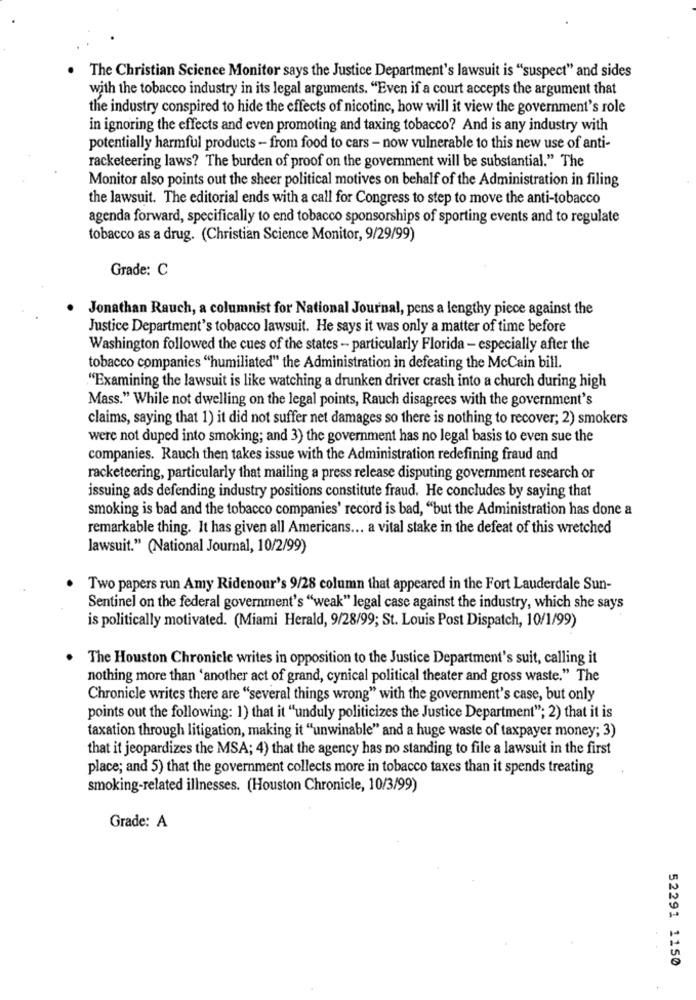
The Christian Science Monitor says the Justice Department's lawsuit is "suspect" and sides
with the tobacco industry in its legal arguments. "Even if a court accepts the argument that
the industry conspired to hide the effects of nicotinc, how will it view the government's role
in ignoring the effects and even promoting and taxing tobacco? And is any industry with
potentially harmful products - from food to cars - now vulnerable to this new use of anti-
racketeering laws? The burden of proof on the government will be substantial." The
Monitor also points out the sheer political motives on behalf of the Administration in filing
the lawsuit. The editorial ends with a call for Congress to step to move the anti-tobacco
agenda forward, specifically to end tobacco sponsorships of sporting events and to regulate
tobacco as a drug. (Christian Science Monitor, 9/29/99)
Grade: C
Jonathan Rauch, a columnist for National Journal, pens a lengthy piece against the
Justice Department's tobacco lawsuit. He says it was only a matter of time before
Washington followed the cues of the states - particularly Florida - especially after the
tobacco companies "humiliated" the Administration in defeating the McCain bill.
"Examining the lawsuit is like watching a drunken driver crash into a church during high
Mass." While not dwelling on the legal points, Rauch disagrees with the government's
claims, saying that 1) it did not suffer net damages so there is nothing to recover; 2) smokers
were not duped into smoking; and 3) the government has no legal basis to even sue the
companies. Rauch then takes issue with the Administration redefining fraud and
racketeering, particularly that mailing a press release disputing government research or
issuing ads defending industry positions constitute fraud. He concludes by saying that
smoking is bad and the tobacco companies' record is bad, "but the Administration has done a
remarkable thing. It has given all Americans ... a vital stake in the defeat of this wretched
lawsuit." (National Journal, 10/2/99)
Two papers run Amy Ridenour's 9/28 column that appeared in the Fort Lauderdale Sun-
Sentinel on the federal government's "weak" legal case against the industry, which she says
is politically motivated. (Miami Herald, 9/28/99; St. Louis Post Dispatch, 10/1/99)
The Houston Chronicle writes in opposition to the Justice Department's suit, calling it
nothing more than 'another act of grand, cynical political theater and gross waste." The
Chronicle writes there are "several things wrong" with the government's case, but only
points out the following: 1) that it "unduly politicizes the Justice Department"; 2) that it is
taxation through litigation, making it "unwinable" and a huge waste of taxpayer money; 3)
that it jeopardizes the MSA; 4) that the agency has no standing to file a lawsuit in the first
place; and 5) that the government collects more in tobacco taxes than it spends treating
smoking-related illnesses. (Houston Chronicle, 10/3/99)
Grade: A
52291 1150